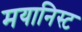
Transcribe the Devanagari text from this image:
मयानिस्ट